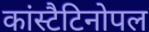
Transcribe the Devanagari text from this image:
कांस्टैटिनोपल